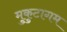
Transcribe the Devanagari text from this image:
मुकुटागम